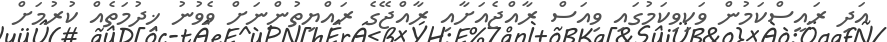
އަދި ރައީސްކަމުން ވަކިވިކަމުގައި ވިއަސް ރާއްޖެއަށާއި ރާއްޖޭގެ ރައްޔިތުންނަށް ވެވުނު ޚިދުމަތެއް ކުރުމަށް